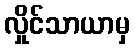
လှိုင်သာယာမှ